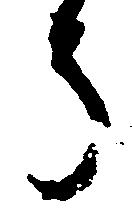
う